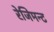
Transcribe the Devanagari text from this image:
रेजिमन्ट